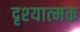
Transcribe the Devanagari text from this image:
दृश्‍यात्‍मक